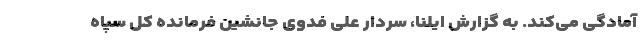
آمادگی می‌کند. به گزارش ایلنا، سردار علی فدوی جانشین فرمانده کل سپاه